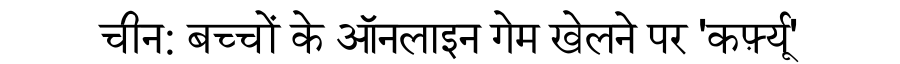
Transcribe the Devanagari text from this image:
चीन: बच्चों के ऑनलाइन गेम खेलने पर 'कर्फ़्यू'